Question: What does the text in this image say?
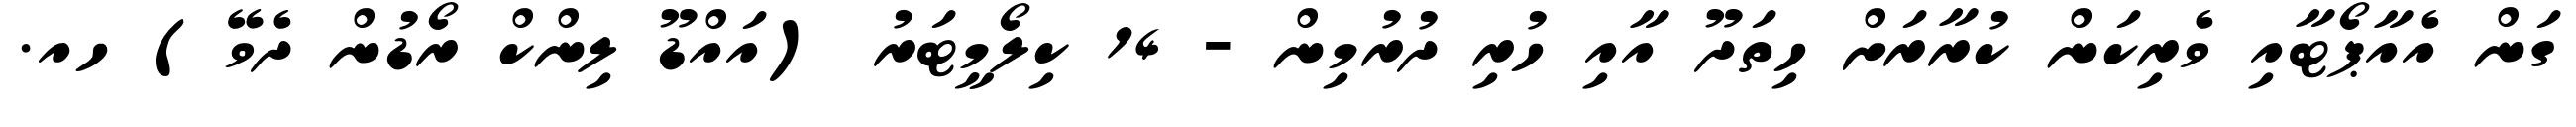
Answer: ގަން އެއާޕޯޓާއި ވެރިކަން ކުރާރަށް ހިތަދޫ އާއި ހުރި ދުރުމިން - 14 ކިލޯމީޓަރު (އައްޑޫ ލިންކް ރޯޑުން ދެވޭ) ހއ.